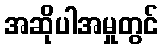
အဆိုပါအမှုတွင်